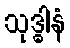
သုဒ္ဓါနံ